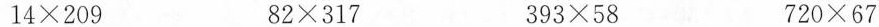
$$1 4 \times 2 0 9$$ $$8 2 \times 3 1 7$$